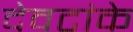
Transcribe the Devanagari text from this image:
देवटांके